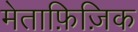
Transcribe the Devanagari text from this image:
मेताफ़िज़िक